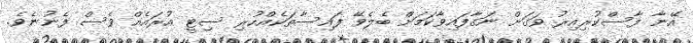
އޭނާ ފާސްކުރިއިރު ވަގަށް ނަގާފައިވާކަމަށް ބެލެވޭ ފައިސާތަކެއްހުރި ސިޓީ އުރައެއް ވެސް ފެނުނެވެ.